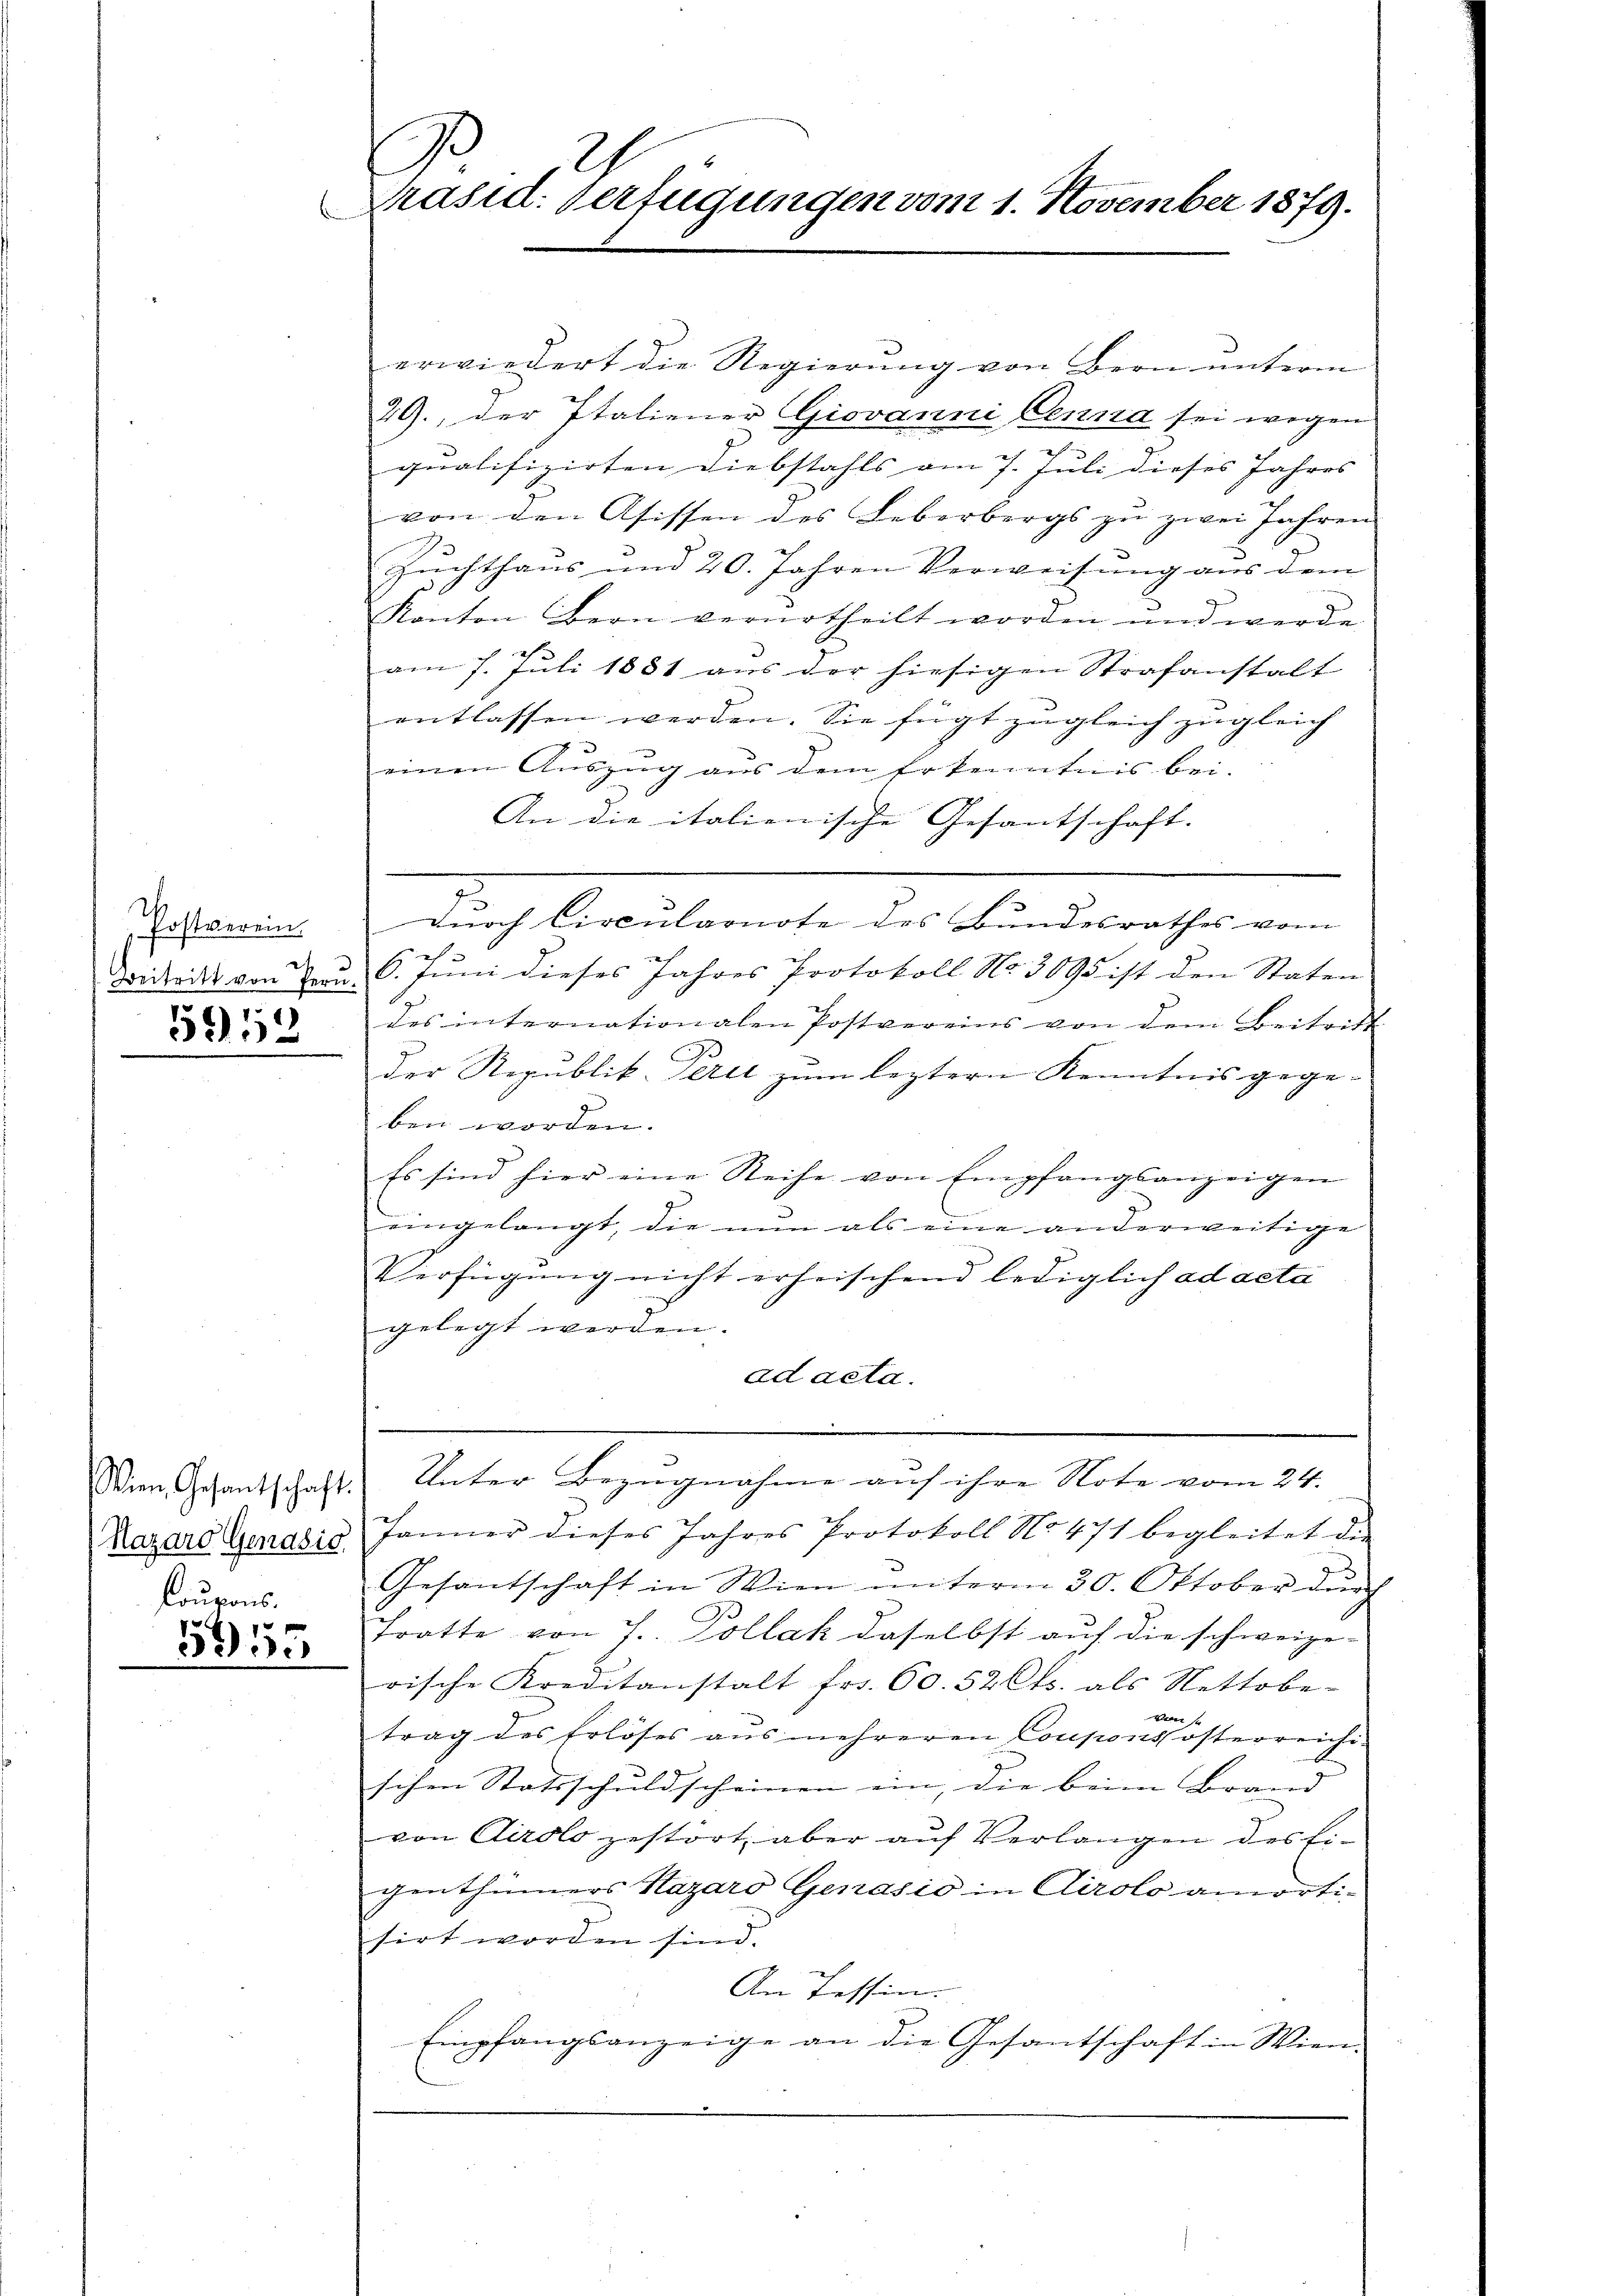
Postverein
Beitritt von Per

5952

ien Gesantschaft.
Hazard Genasio
Coupons.
5955

f
Präsid. Verfügungen vom 1. November 1879.

erwiedert die Regierŭng von Bern unterm
29., der Italiener Giovanni Cenna sei wegen
qualifizirten Diebstahls am 7. Juli dieses Jahres
von den Asissen des Leberbergs zu zwei Jahren
Zŭchthaŭs und 20. Jahren Verweisŭng aus dem
Kanton Bern verurtheilt worden und werde
aß
am 7. Juli 1881 aŭs der hiesigen Strafanstalt
entlassen werden. Sie fügt zugleich zugleich
¬
einen Auszug aus dem Erkenntnis bei.
An die italienische Gesantschaft.
durch Circularnote des Bundesrathes vom
6. Juni dieses Jahres Protokoll No 3095 ist den Staten
des internationalen Postvereins von dem Beitritt
.
der Republik. Alt zum leztern Kenntnis gegeben worden.
Es sind hier eine Reihe von Empfangsanzeigen
eingelangt, die nun als eine anderweitige
Verfügung nicht erheischend lediglich ad acta
gelegt werden.
ad acta.

Unter Bezugnahme auf ihre Note vom 24.
Jänner dieses Jahres Protokoll No. 471 begleitet die
Gesantschaft in Wien unterm 30. Oktober dŭrch
Tratte von 7. Pollak daselbst auf die schweize-
rische Kreditanstalt fr. 60. 52 Cts. als Nettobe-
von
trag des Erlöses aus mehreren Couponskosterreichischen Statsschuldscheinen ein, die beim Brand
von Airolo gestört aber auf Verlangen des Eigenthümers Hazaro Genasio in Airolo amortisirt worden sind.
An Tessin.
Empfangsanzeige an die Gesantschaft in Wien-